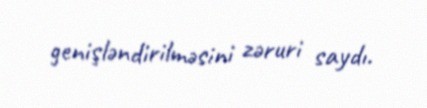
genişləndirilməsini zəruri saydı.